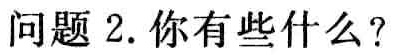
问题 2. 你有些什么?